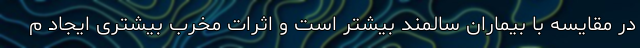
در مقایسه با بیماران سالمند بیشتر است و اثرات مخرب بیشتری ایجاد م